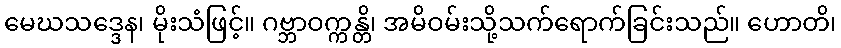
မေဃသဒ္ဒေန၊ မိုးသံဖြင့်။ ဂဗ္ဘာဝက္ကန္တိ၊ အမိဝမ်းသို့သက်ရောက်ခြင်းသည်။ ဟောတိ၊